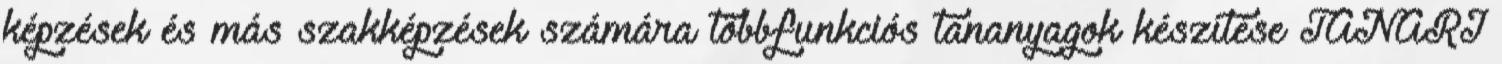
képzések és más szakképzések számára többfunkciós tananyagok készítése TANÁRI